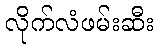
လိုက်လံဖမ်းဆီး